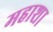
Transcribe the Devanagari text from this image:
महाशा